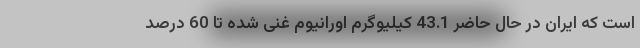
است که ایران در حال حاضر 43.1 کیلیوگرم اورانیوم غنی شده تا 60 درصد